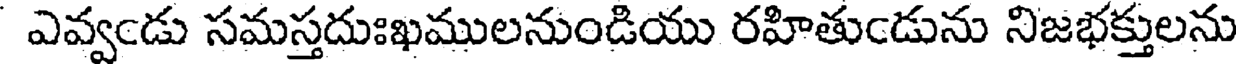
ఎవ్వండు సమస్తదుఃఖములనుండియు రహితుండును నిజభక్తులను